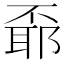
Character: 𠁌